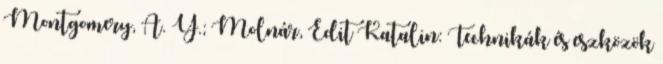
Montgomery, A. Y.; Molnár, Edit Katalin: Technikák és eszközök